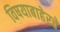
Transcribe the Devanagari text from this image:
विषयाबाहेरचे